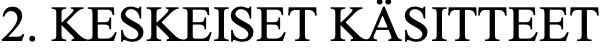
2. KESKEISET KÄSITTEET